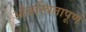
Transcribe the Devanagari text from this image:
ओजस्वितापूर्ण